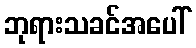
ဘုရားသခင်အပေါ်